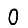
Digit: 0